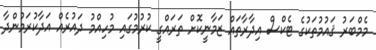
މެމްބަރު ޤައުމުތަކުގެ ޓެކްސް އިދާރާތައް ޒަމާނީކޮށް ތަރައްގީ ކުރުމުގައި މުހިއްމު ދައުރެއް އަދާކުރަމުންދާ